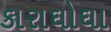
કારાઘોઘા